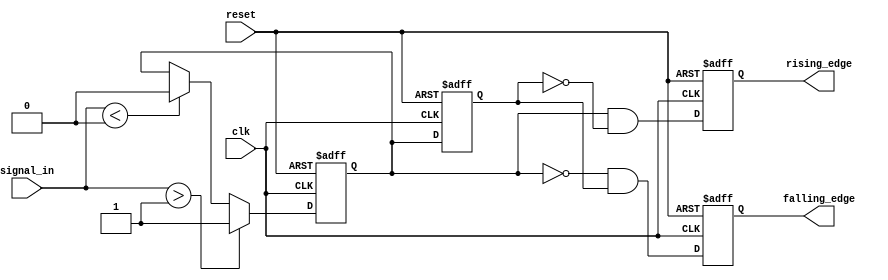
module schmitt_trigger_edge_detector (
    input wire clk,               // Clock input
    input wire reset,             // Asynchronous reset
    input wire signal_in,         // Input signal to be monitored
    output reg rising_edge,       // Output signal for rising edge detection
    output reg falling_edge       // Output signal for falling edge detection
);

    // Internal registers
    reg signal_in_reg;            // Register to hold the previous state of signal_in
    reg signal_in_stable;         // Register to hold the stable state of signal_in

    // Hysteresis thresholds (example values, can be adjusted)
    parameter HYSTERESIS_UPPER = 1'b1; // Upper threshold for Schmitt Trigger
    parameter HYSTERESIS_LOWER = 1'b0; // Lower threshold for Schmitt Trigger

    // Schmitt Trigger Logic
    always @(posedge clk or posedge reset) begin
        if (reset) begin
            signal_in_reg <= 1'b0;   // Initialize previous state
            signal_in_stable <= 1'b0; // Initialize stable state
            rising_edge <= 1'b0;      // Initialize rising edge output
            falling_edge <= 1'b0;     // Initialize falling edge output
        end else begin
            // Update stable state based on input signal with hysteresis
            if (signal_in > HYSTERESIS_UPPER) begin
                signal_in_stable <= 1'b1; // Signal is high
            end else if (signal_in < HYSTERESIS_LOWER) begin
                signal_in_stable <= 1'b0; // Signal is low
            end

            // Edge Detection Logic
            rising_edge <= (signal_in_stable && !signal_in_reg);
            falling_edge <= (!signal_in_stable && signal_in_reg);

            // Update previous state
            signal_in_reg <= signal_in_stable;
        end
    end

endmodule